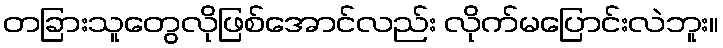
တခြားသူတွေလိုဖြစ်အောင်လည်း လိုက်မပြောင်းလဲဘူး။